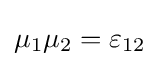
\mu _{1}\mu _{2}=\varepsilon _{12}